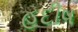
હદીષ